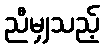
ညီမျှသည့်